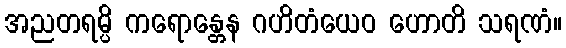
အညတရမ္ပိ ကရောန္တေန ဂဟိတံယေဝ ဟောတိ သရဏံ။